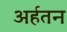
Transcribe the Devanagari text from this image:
अर्हतन